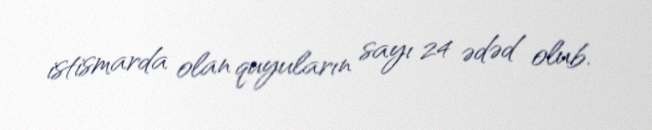
istismarda olan quyuların sayı 24 ədəd olub.